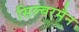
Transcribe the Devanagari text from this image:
सिल्बरमैन